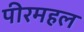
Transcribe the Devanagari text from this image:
पीरमहल